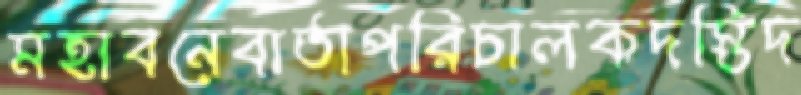
মহাবনেবার্তাপরিচালকদস্তিদ